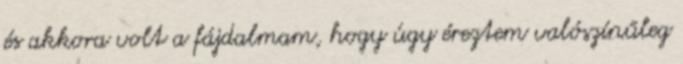
és akkora volt a fájdalmam, hogy úgy éreztem valószínűleg